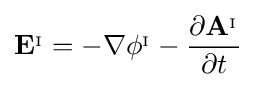
\mathbf {E} ^{_{\mathrm {I} }}=-\nabla \phi ^{_{\mathrm {I} }}-{\frac {\partial \mathbf {A} ^{_{\mathrm {I} }}}{\partial t}}